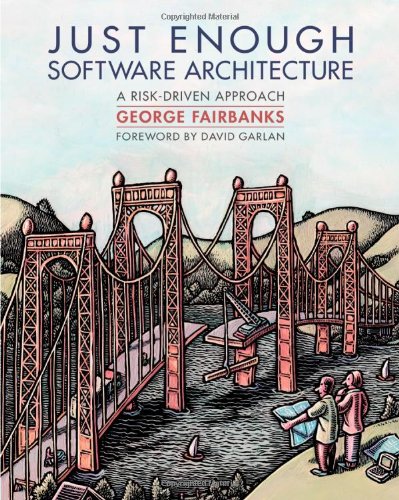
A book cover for Just Enough Software Architecture: A Risk-Driven Approach; George H. Fairbanks; Computers & Technology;